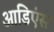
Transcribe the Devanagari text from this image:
आडिएंस